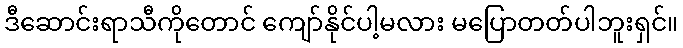
ဒီဆောင်းရာသီကိုတောင် ကျော်နိုင်ပါ့မလား မပြောတတ်ပါဘူးရှင်။